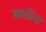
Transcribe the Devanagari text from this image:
बनरिया